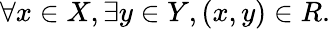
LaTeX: \forall x\in X,\exists y\in Y,(x,y)\in R.